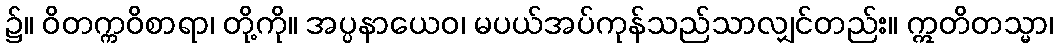
၌။ ဝိတက္ကဝိစာရာ၊ တို့ကို။ အပ္ပနာယေဝ၊ မပယ်အပ်ကုန်သည်သာလျှင်တည်း။ ဣတိတသ္မာ၊